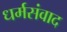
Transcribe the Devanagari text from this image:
धर्मसंवाद